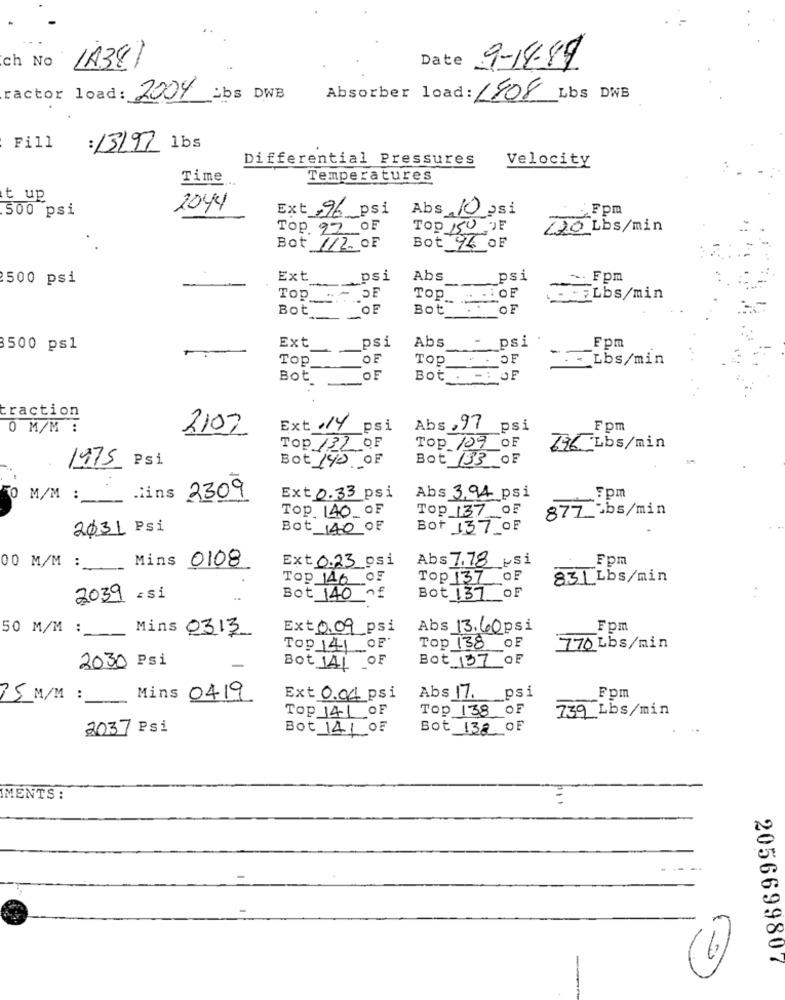
ich No
LA381
Date 9-14-89
Factor load: 2004 abs DWB
Absorber load: 1908 Lbs DWB
Fill
: 13197 1bs
Differential Pressures
Velocity
Time ..
Temperatures
it up
500 psi
2044
Ext ,96 psi
Abs 10 psi
Fpm
Top. 97 OF
Top 150 OF
220 Lbs/min
Bot 1/2. OF
Bot 96 OF
2500 psi
Ext _______ psi
Abs
psi
~ Fpm
OF
Top . - DE
Top_ _ :
.. . FLbs/min
OF
Bot
OF
Bot
--
psi
Abs
psi
3500 ps1
Ext
Fpm
TOP
OF
TOP
OLOF
Lbs/min
Bot
OF
Bot _. -: OF
traction
0 M/M :
2107
Ext .14
psi
Abs , 97
psi
Fpm
Top 132 OF
Top 109 OF
696 Lbs/min
1975 Psi
Bot 133 OF
Bot 140 OF
TO M/M :
lins 2309
Ext 0.33 psi
Abs 3,94 psi
5pm
Top. 140_OF
Top 137 OF
877_bs/min
2031 Psi
Bot_140 OF
Bot 137 OF
Mins 0108
Ext 0.23 osi
Abs 7.78 psi
Fpm
00 M/M :
Top 146 OF
Top 137
831 Lbs/min
2039 = $1
Bot 140 of
Bot 137 OF
50 M/M :
Mins 0313
Ext 0.09 psi
Abs 13.60 psi
Fpm
Top 141 OF
Top 138 OF
770 Lbs/min
2030 Psi
Bot 137 OF
-
Bot JAI OF
Abs 17.
psi
75 M/M :
Mins 0419
Ext 0.04 psi
Fpm
Top 141 OF
Top 138 OF
739 Lbs/min
2037 Psi
Bot 141 OF
Bot 138_ OF
IMENTS :
2056699807
(6)